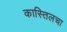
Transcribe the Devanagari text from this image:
कास्तिलचा